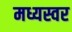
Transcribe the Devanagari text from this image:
मध्यस्वर